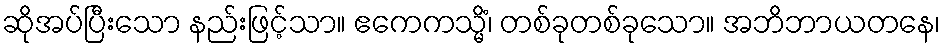
ဆိုအပ်ပြီးသော နည်းဖြင့်သာ။ ဧကေကသ္မိံ၊ တစ်ခုတစ်ခုသော။ အဘိဘာယတနေ၊